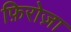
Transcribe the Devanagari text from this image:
फ़िरोज़ा